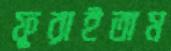
ফুরাইতাম